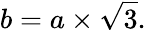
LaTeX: b=a\times{\sqrt{3}}.